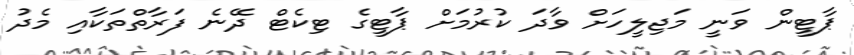
ޕާޓީން ވަނީ މަޖިލީހަށް ވާދަ ކުރުމަށް ޕާޓީގެ ޓިކެޓް ދޭނެ ފަރާތްތަކާއި މެދު